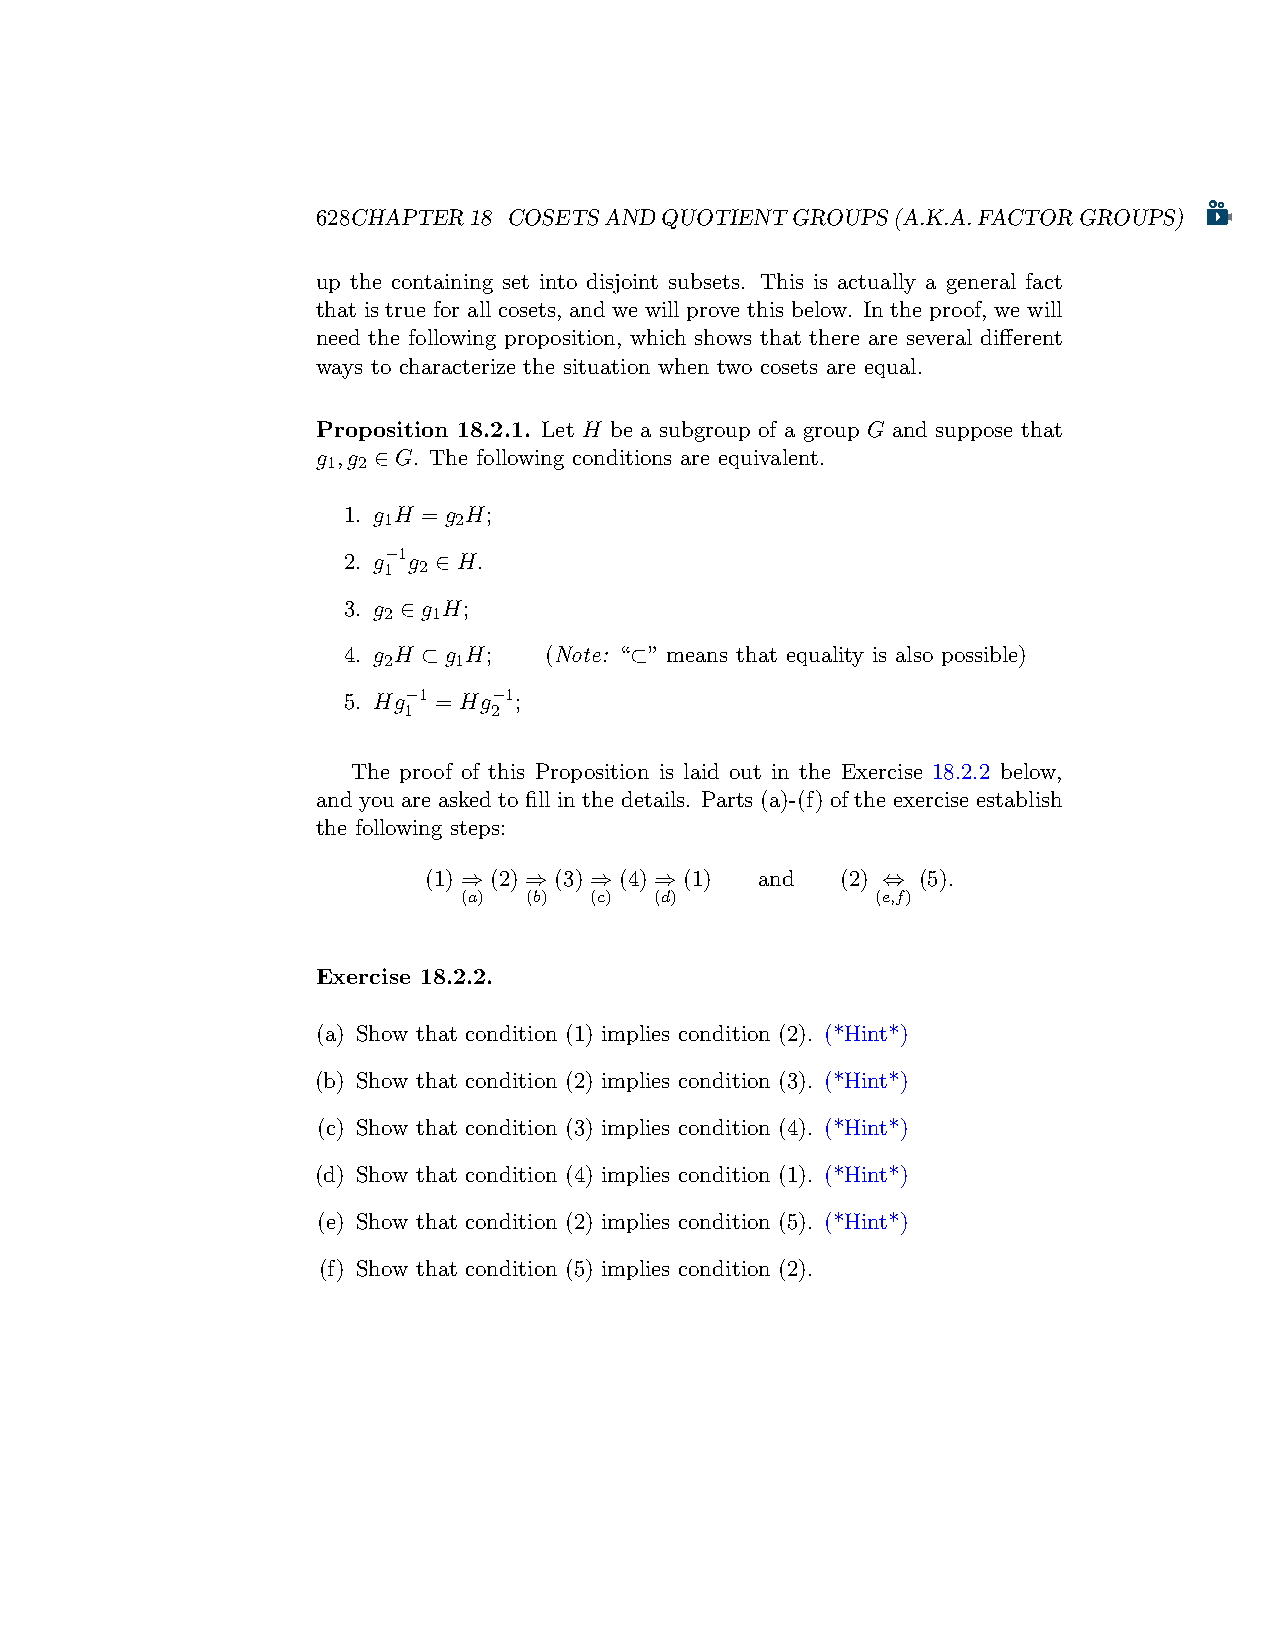
628CHAPTER18 COSETSANDQUOTIENTGROUPS(A.K.A.FACTORGROUPS)
 up the containing set into disjoint subsets. This is actually a general fact
 that is true for all cosets, and we will prove this below. In the proof, we will
 need the following proposition, which shows that there are several different
 ways to characterize the situation when two cosets are equal.
 Proposition 18.2.1. Let H be a subgroup of a group G and suppose that
 g ,g ∈ G. The following conditions are equivalent.
 1 2
 1. g H = g H;
 1    2
 2. g−1g ∈ H.
 1  2
 3. g ∈ g H;
 2   1
 4. g H ⊂ g H; (Note: “⊂” means that equality is also possible)
 2    1
 5. Hg−1 = Hg−1;
 1    2
 The proof of this Proposition is laid out in the Exercise 18.2.2 below,
 and you are asked to fill in the details. Parts (a)-(f) of the exercise establish
 the following steps:
 (1) ⇒ (2) ⇒ (3) ⇒ (4) ⇒ (1) and (2) ⇔ (5).
 (a)  (b) (c) (d)            (e,f)
 Exercise 18.2.2.
 (a) Show that condition (1) implies condition (2). (*Hint*)
 (b) Show that condition (2) implies condition (3). (*Hint*)
 (c) Show that condition (3) implies condition (4). (*Hint*)
 (d) Show that condition (4) implies condition (1). (*Hint*)
 (e) Show that condition (2) implies condition (5). (*Hint*)
 (f) Show that condition (5) implies condition (2).